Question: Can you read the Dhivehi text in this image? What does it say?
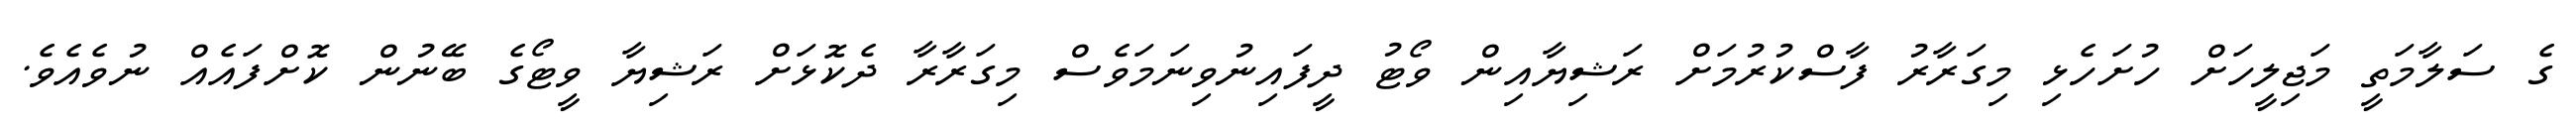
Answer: ގެ ސަލާމަތީ މަޖިލީހަށް ހުށަހެޅި މިގަރާރު ފާސްކުރުމަށް ރަޝިޔާއިން ވޯޓު ދީފައިނުވިނަމަވެސް މިގަރާރާ ދެކޮޅަށް ރަޝިޔާ ވީޓޯގެ ބޭނުން ކޮށްފައެއް ނުވެއެވެ.